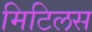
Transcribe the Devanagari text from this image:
मिटिलस